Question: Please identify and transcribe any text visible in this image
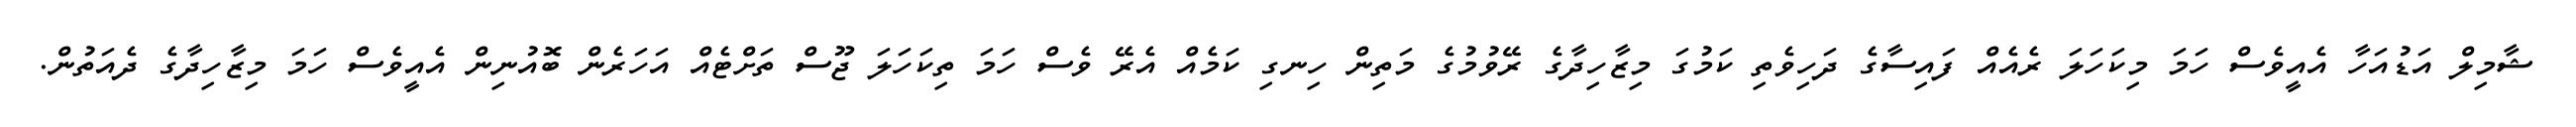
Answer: ޝާމިލް އަޑުއަހާ އެއީވެސް ހަމަ މިކަހަލަ ރެއެއް ފައިސާގެ ދަހިވެތި ކަމުގަ މިޒާހިދާގެ ރޭވުމުގެ މަތިން ހިނގި ކަމެއް އެރޭ ވެސް ހަމަ ތިކަހަލަ ޖޫސް ތަށްޓެއް އަހަރެން ބޮއުނިން އެއީވެސް ހަމަ މިޒާހިދާގެ ދެއަތުން.